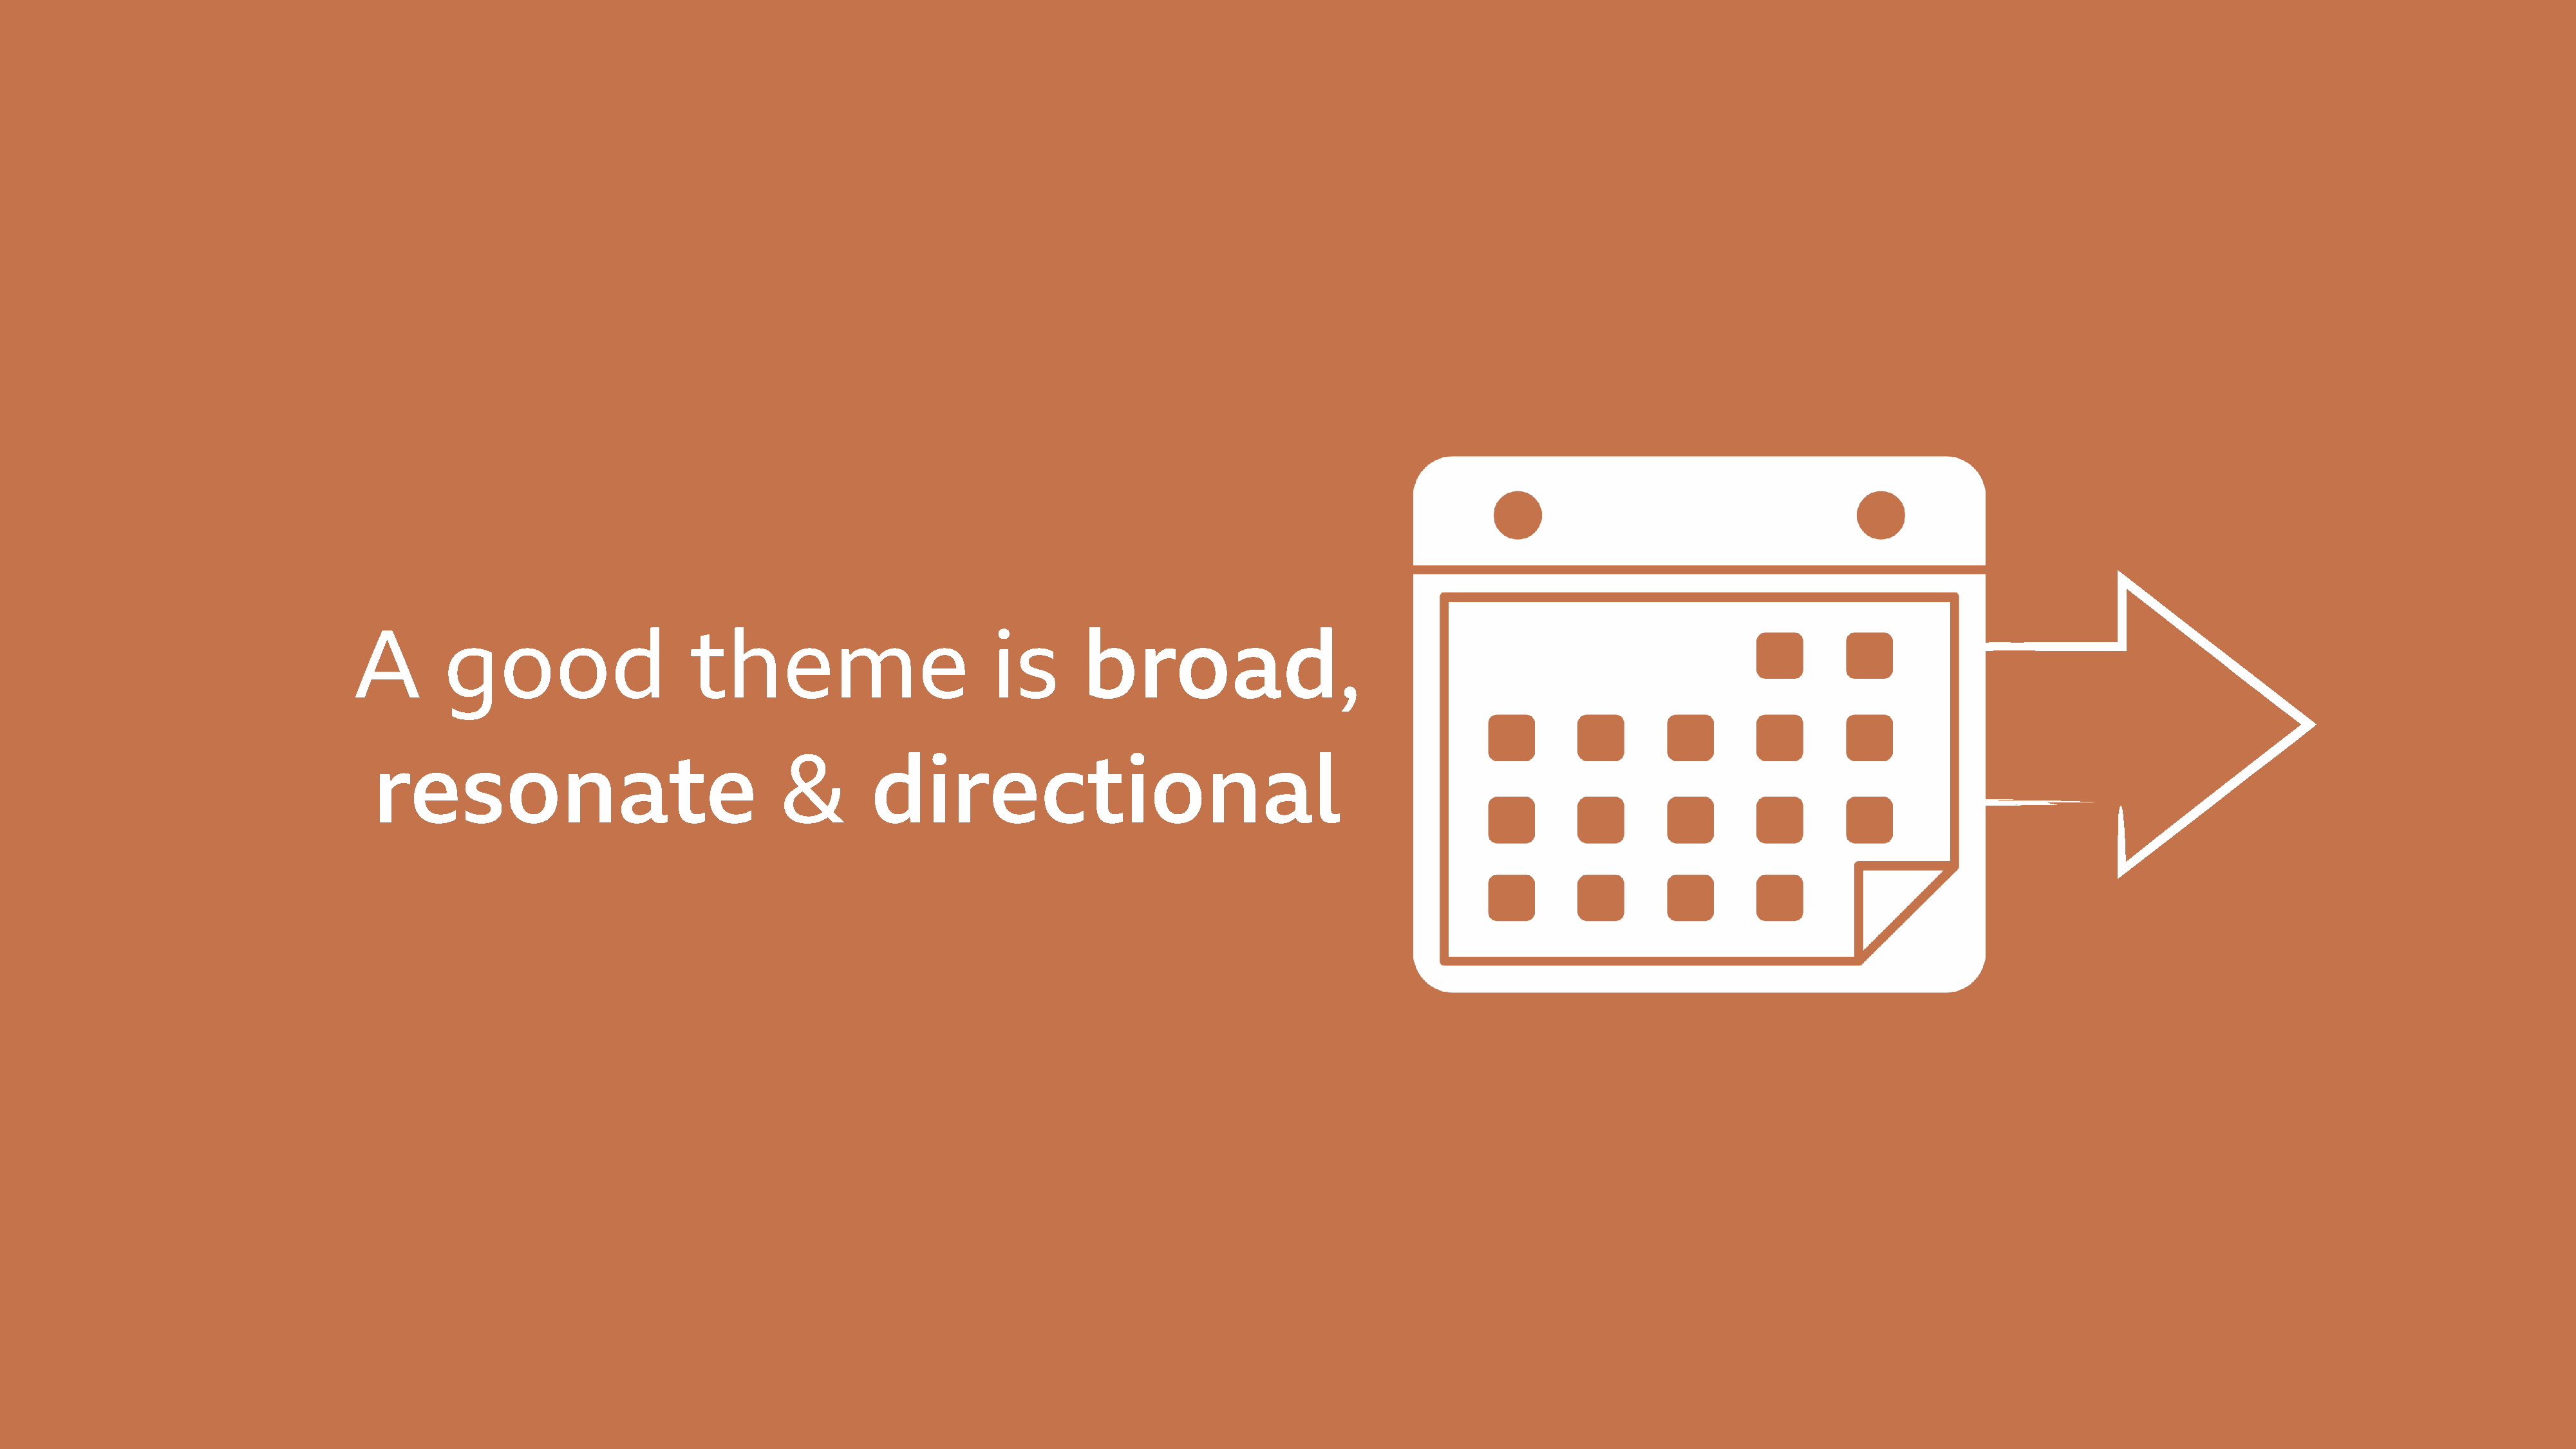
A         good                     theme                          is       broad,
 resonate                                  &         directional